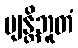
ဗျန္တိဘူတံ